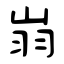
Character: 嵡